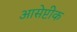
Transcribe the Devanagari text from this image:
आसेप्टीक